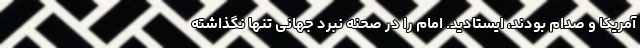
آمریکا و صدام بودند، ایستادید. امام را در صحنه نبرد جهانی تنها نگذاشته